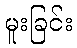
မူးခြင်း